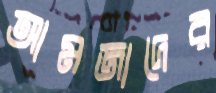
আমজাদের